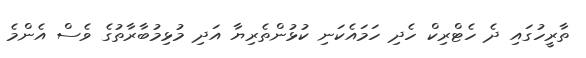
ތާރީހުގައި ދެ ހެޓްރިކް ހެދި ހަމައެކަނި ކުޅުންތެރިޔާ އަދި މުޅިމުބާރާތުގެ ވެސް އެންމެ